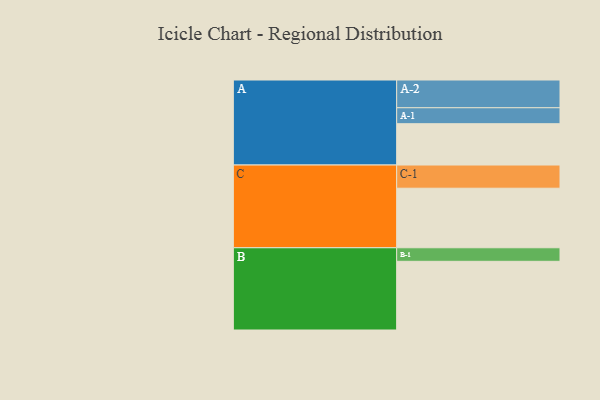
{"axis": {"x": "Segment", "y": "Value"}, "legend": ["", "A", "B", "C"], "data": [{"x": "A", "y": 326, "type": ""}, {"x": "B", "y": 542, "type": ""}, {"x": "C", "y": 470, "type": ""}, {"x": "A-1", "y": 126, "type": "A"}, {"x": "A-2", "y": 219, "type": "A"}, {"x": "B-1", "y": 107, "type": "B"}, {"x": "C-1", "y": 183, "type": "C"}]}